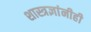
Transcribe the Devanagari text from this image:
शास्त्रज्ञांनीही